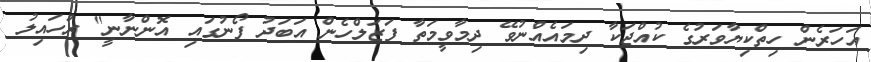
އަހަރެން ހިތްކިޔާވަރުގެ ކުއްޖަކާ ދިމައެއްނުވޭ ދިމާވީމަތާ ފަޒަލްހެން އަބަދު ފޯނުގައި އޮންނާނީ" ރުހައިލު